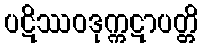
ပဋိဿဝဒုက္ကဋာပတ္တိ